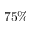
7 5 \%